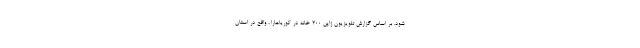
شود. بر اساس گزارش تلویزیون ژاپن ۲۰۰ خانه در کوریاهارا ، واقع در استان